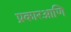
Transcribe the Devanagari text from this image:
प्रकारआणि